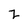
Character: Z